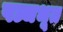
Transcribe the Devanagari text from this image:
पञ्चभूत